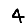
Digit: 4